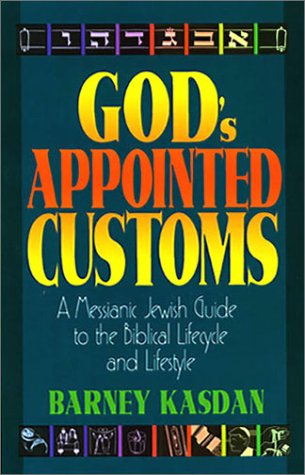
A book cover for God's Appointed Customs: A Messianic Jewish Guide to the Biblical Lifecycle and Lifestyle; Barney Kasdan; Religion & Spirituality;